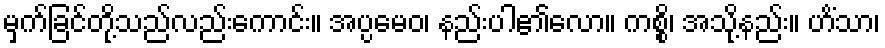
မှက်ခြင်တို့သည်လည်းကောင်း။ အပ္ပမေဝ၊ နည်းပါ၏လော။ ကစ္စိ၊ အသို့နည်း။ ဟိံသာ၊